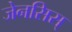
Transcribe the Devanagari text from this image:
जेनसिस्